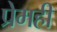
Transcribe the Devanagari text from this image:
प्रेमही